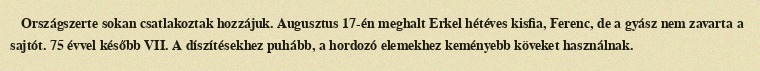
Országszerte sokan csatlakoztak hozzájuk. Augusztus 17-én meghalt Erkel hétéves kisfia, Ferenc, de a gyász nem zavarta a sajtót. 75 évvel később VII. A díszítésekhez puhább, a hordozó elemekhez keményebb köveket használnak.